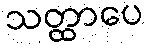
သတ္ထာပေ